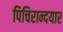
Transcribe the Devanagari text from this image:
पिचिरान्दयार